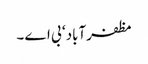
مظفرآباد ‘ بی اے ۔